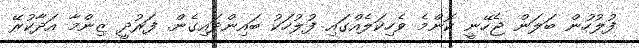
ފުލުހުން ބަލަން ޖެހޭނީ ކޮންމެ ވެހިކަލެއްގައި ފުލުހަކު ބައިންދައިގެން. ފަރުދީ ޒިންމާ އަދާކުރޭ